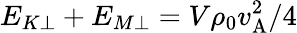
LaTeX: E_{K\perp}+E_{M\perp}=V\rho_{0}v_{\mathrm{A}}^{2}/4